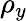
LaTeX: \rho_{y}